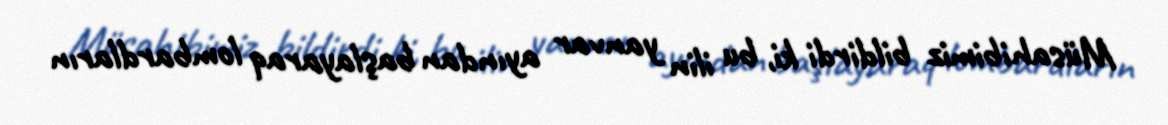
Müsahibimiz bildirdi ki, bu ilin yanvar ayından başlayaraq lombardların